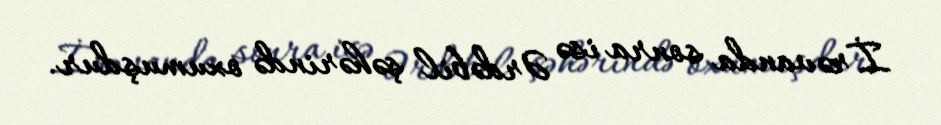
İrəvanda sonra isə Ərdəbil şəhərində oxumuşdur.